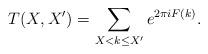
LaTeX: \begin{align*}T(X, X') = \sum_{X < k \leq X'} e^{2\pi i F(k)}.\end{align*}